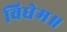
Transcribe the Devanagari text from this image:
विधेम॥